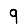
Digit: 9